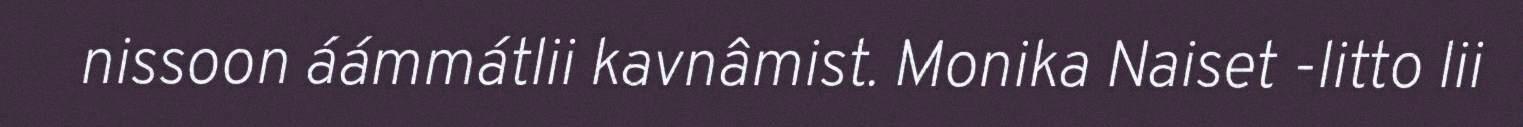
nissoon áámmátlii kavnâmist. Monika Naiset -litto lii